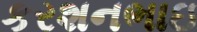
કરશનભાઇ